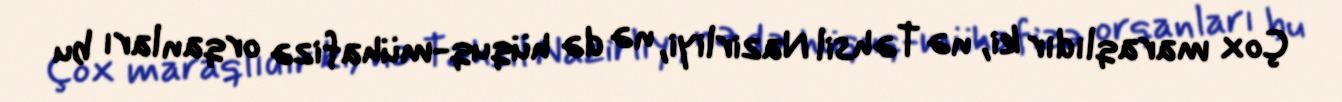
Çox maraqlıdır ki, nə Təhsil Nazirliyi, nə də hüquq-mühafizə orqanları bu